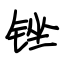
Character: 锉